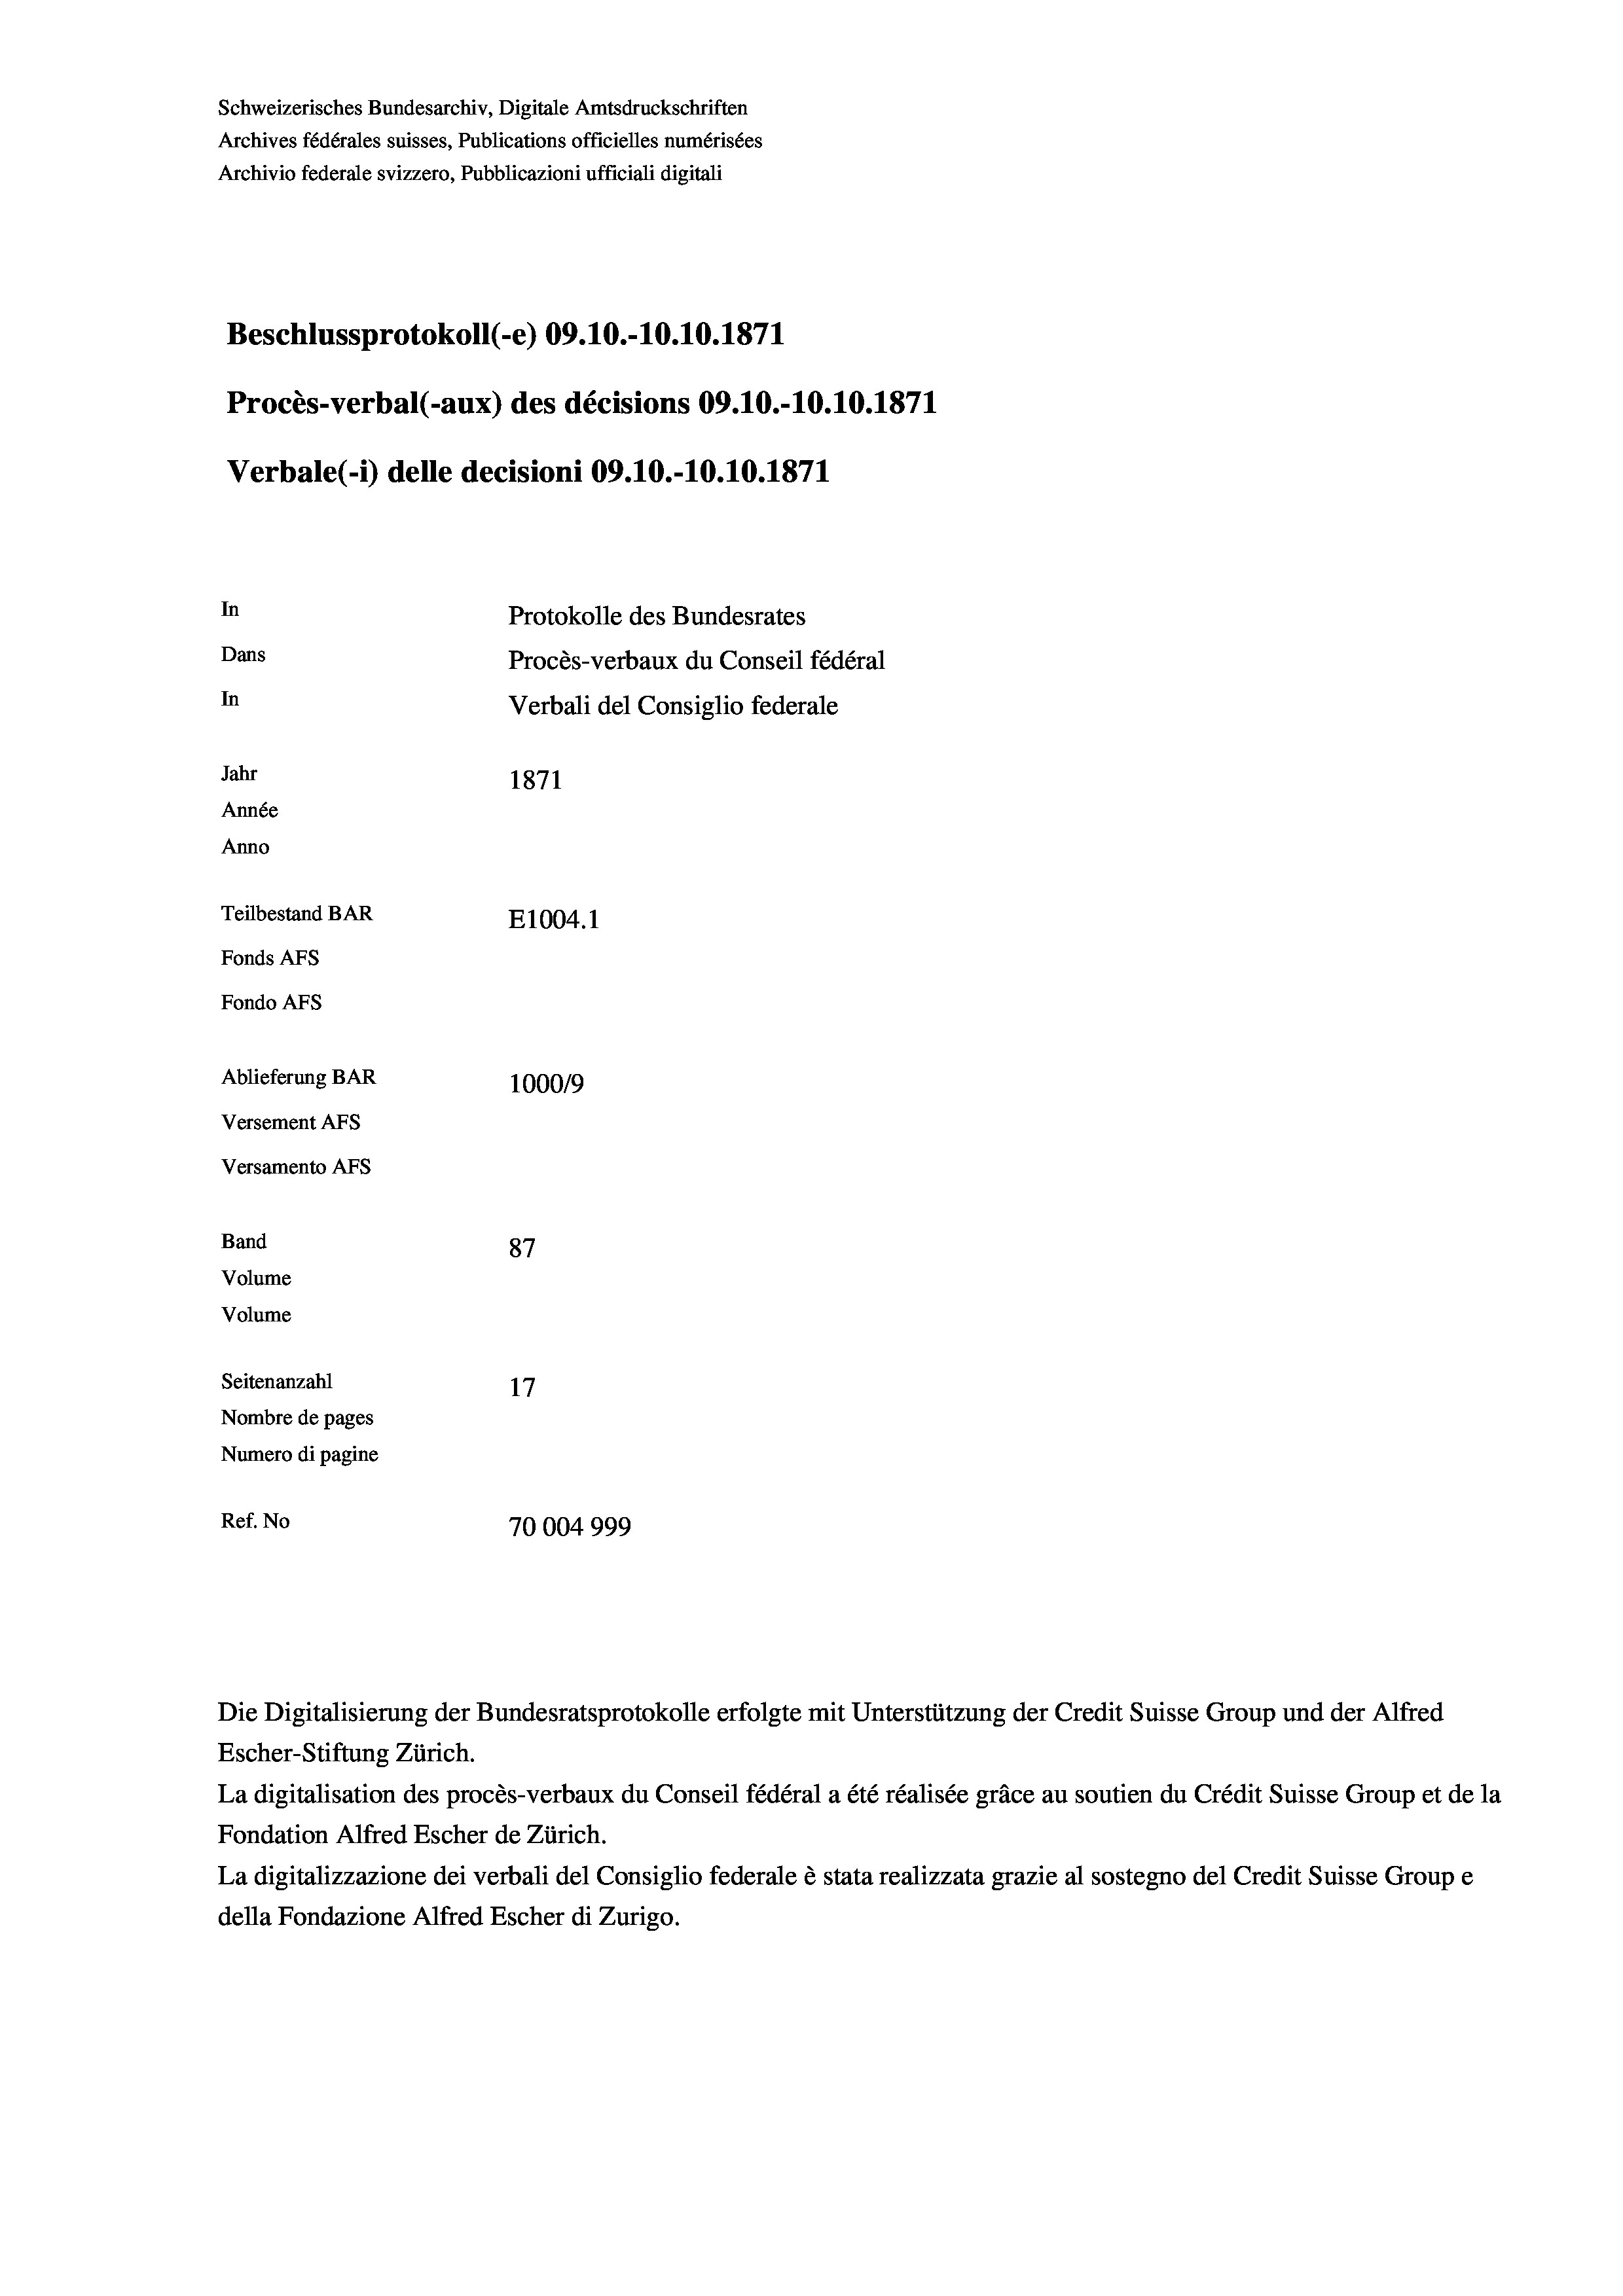
Schweizerisches Bundesarchiv, Digitale Amtsdruckschriften
Archives fédérales suisses, Publications officielles numérisées
Archivio federale svizzero, Pubblicazioni ufficiali digitali
Beschlussprotokoll (-e) 09.10.-10.10.1871
Procès-verbal (-aux) des décisions 09.10.-10.10.1871
Verbale (- 1) delle decisioni 09.10.-10.10.1871
In
Protokolle des Bundesrates
Dans
Procès-verbaux du Conseil fédéral
In
Verbali del Consiglio federale
Jahr
1871
Année
Anno
Teilbestand BAR
E1004. 1
Fonds AFs
Fondo AFS
Ablieferung BAR
100019
Versement AFs
Versamento AFs
Band
87
Volume
Volume
Seitenanzahl
17
Nombre de pages
Numero di pagine
Ref. No
70004999

Die Digitalisierung der Bundesratsprotokolle erfolgte mit Unterstützung der Credit Suisse Group und der Alfred
Escher-Stiftung Zürich.
La digitalisation des procès-verbaux du Conseil fédéral a été réalisée gräce au soutien du Crédit Suisse Group et de la
Fondation Alfred Escher de Zürich.
La digitalizzazione dei verbali del Consiglio federale è stata realizzata grazie al sostegno del Credit Suisse Groupe
della Fondazione Alfred Escher di Zurigo.